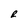
Character: R